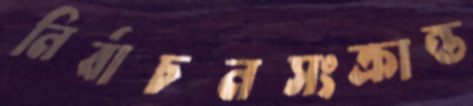
নির্বাচনসংক্রান্ত